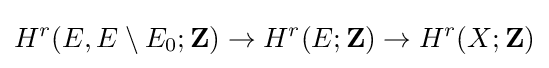
H^{r}(E,E\setminus E_{0};\mathbf {Z} )\to H^{r}(E;\mathbf {Z} )\to H^{r}(X;\mathbf {Z} )